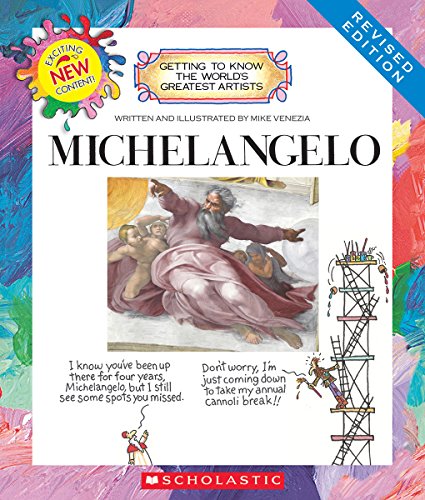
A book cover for Michelangelo (Getting to Know the World's Greatest Artists); Mike Venezia; Children's Books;